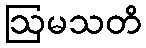
ဩမသတိ